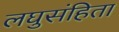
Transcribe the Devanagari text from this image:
लघुसंहिता